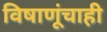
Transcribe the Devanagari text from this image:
विषाणूंचाही